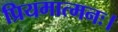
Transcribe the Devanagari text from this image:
प्रियमात्मनः।